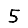
Digit: 5